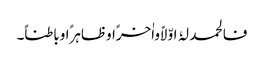
فالحمد لہُ اوّلاًواٰخرًاوظاہرًاوباطناً۔